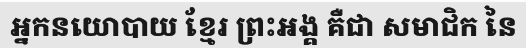
អ្នកនយោបាយ ខ្មែរ ព្រះអង្គ គឺជា សមាជិក នៃ